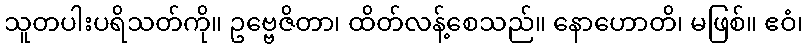
သူတပါးပရိသတ်ကို။ ဥဗ္ဗေဇိတာ၊ ထိတ်လန့်စေသည်။ နောဟောတိ၊ မဖြစ်။ ဧဝံ၊